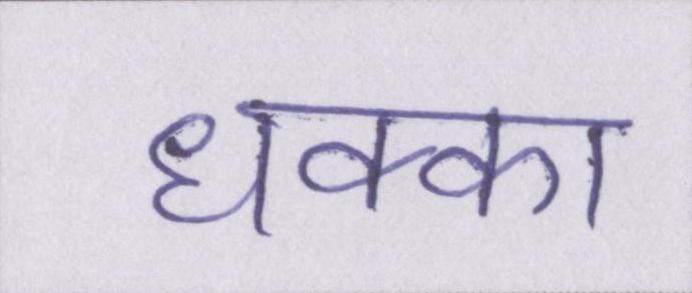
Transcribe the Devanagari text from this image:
धक्का